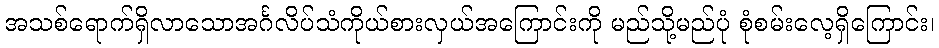
အသစ်ရောက်ရှိလာသောအင်္ဂလိပ်သံကိုယ်စားလှယ်အကြောင်းကို မည်သို့မည်ပုံ စုံစမ်းလေ့ရှိကြောင်း၊